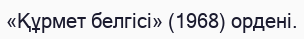
«Құрмет белгісі» (1968) ордені.